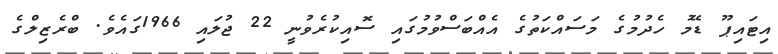
އިޓައިޕޫ ޑޭމު ހެދުމުގެ މަސައްކަތުގެ އެއްބަސްވުމުގައި ސޮއިކުރެވުނީ 22 ޖުލައި 1966ގައެވެ. ބްރެޒިލްގެ